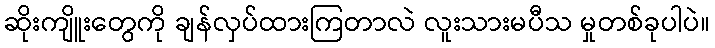
ဆိုးကျိူးတွေကို ချန်လှပ်ထားကြတာလဲ လူးသားမပီသ မှုတစ်ခုပါပဲ။